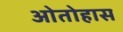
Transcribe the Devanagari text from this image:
ओतोहास